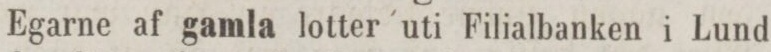
Egarne af gamla lotter uti Filialbanken i Lund